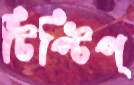
টিপ্‌টিপ্‌